Indian journal of veterinary science and animal husbandry - Volumes 15-17, 1948-1951
Year: 1948
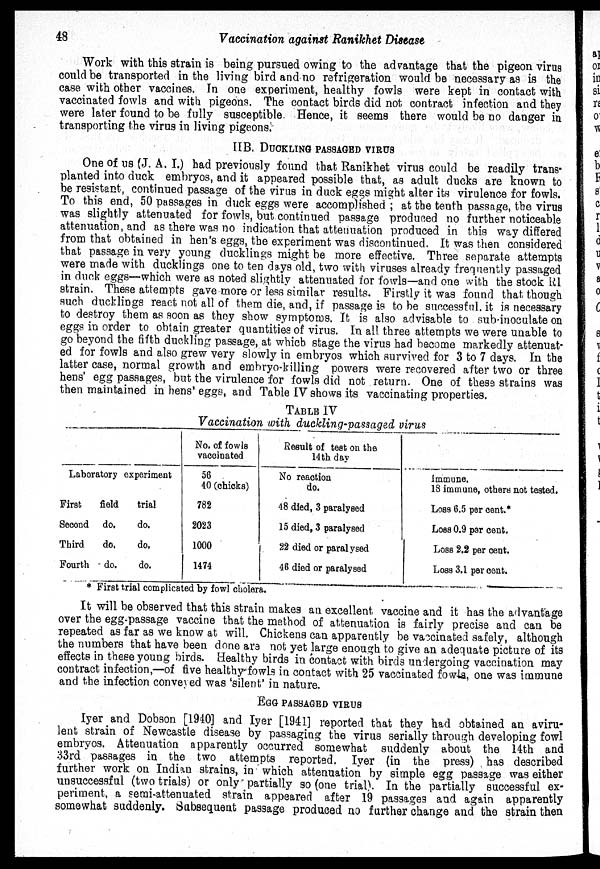
48
Vaccination against Ranikhet Disease
Work with this strain is being pursued owing to the advantage that the pigeon virus
could be transported in the living bird and no refrigeration would be necessary as is the
case with other vaccines. In one experiment, healthy fowls were kept in contact with
vaccinated fowls and with pigeons. The contact birds did not contract infection and they
were later found to be fully susceptible. Hence, it seems there would be no danger in
transporting the virus in living pigeons.
IIB. DUCKLING PASSGED VIRUS
One of us (J. A. I.) had previously found that Ranikhet virus could be readily trans-
planted into duck embryos, and it appeared possible that, as adult ducks are known to
be resistant, continued passage of the virus in duck eggs might alter its virulence for fowls.
To this end, 50 passages in duck eggs were accomplished ; at the tenth passage, the virus
was slightly attenuated for fowls, but continued passage produced no further noticeable
attenuation, and as there was no indication that attenuation produced in this way differed
from that obtained in hen's eggs, the experiment was discontinued. It was then considered
that passage in very young ducklings might be more effective. Three separate attempts
were made with ducklings one to ten days old, two with viruses already frequently passaged
in duck eggs—which were as noted slightly attenuated for fowls—and one with the stock R1
strain. These attempts gave more or less similar results. Firstly it was found that though
such ducklings react not all of them die, and, if passage is to be successful, it is necessary
to destroy them as soon as they show symptoms. It is also advisable to sub-inoculate on
eggs in order to obtain greater quantities of virus. In all three attempts we were unable to
go beyond the fifth duckling passage, at which stage the virus had become markedly attenuat-
ed for fowls and also grew very slowly in embryos which survived for 3 to 7 days. In the
latter case, normal growth and embryo-killing powers were recovered after two or three
hens' egg passages, but the virulence for fowls did not return. One of these strains was
then maintained in hens' eggs, and Table IV shows its vaccinating properties.
TABLE IV
Vaccination with duckling-passaged virus
Laboratory
First
field
Second do.
Third
do.
Fourth
do.
experiment
trial
do.
do.
do.
No. of fowls
vaccinated
56
40 (chicks)
782
2023
1000
1474
Result of test on the
14th day
No reaction
do.
48 died, 3 paralysed
15 died, 3 paralysed
22 died or paralysed
46 died or paralysed
Immune.
18 immune, others not tested.
Loss 6.5 per cent.*
Loss 0.9 par cent.
Loss 2.2 per cent.
Loss 3.1 per cent.
* First trial complicated by fowl cholera.
It will be observed that this strain makes an excellent vaccine and it has the advantage
over the egg-passage vaccine that the method of attenuation is fairly precise and can be
repeated as far as we know at will. Chickens can apparently be vaccinated safely, although
the numbers that have been done are not yet large enough to give an adequate picture of its
effects in these young birds. Healthy birds in contact with birds undergoing vaccination may
contract infection,—of five healthy fowls in contact with 25 vaccinated fowls, one was immune
and the infection conveyed was 'silent' in nature.
EGG PASSAGED VIRUS
Iyer and Dobson [1940] and Iyer [1941] reported that they had obtained an aviru-
lent strain of Newcastle disease by passaging the virus serially through developing fowl
embryos. Attenuation apparently occurred somewhat suddenly about the 14th and
33rd passages in the two attempts reported. Iyer (in the press) has described
further work on Indian strains, in which attenuation by simple egg passage was either
unsuccessful (two trials) or only partially so (one trial). In the partially successful ex-
periment, a semi-attenuated strain appeared after 19 passages and again apparently
somewhat suddenly. Subsequent passage produced no further change and the strain then